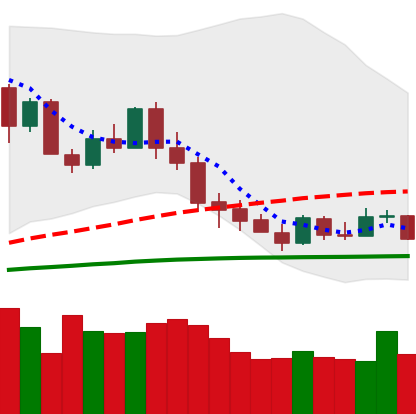
Ticker: XMR-USD
Chart end date: 2020-03-07
Forward return: -49.555%
Label: down_7plus